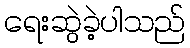
ရေးဆွဲခဲ့ပါသည်